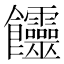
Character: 𩟽